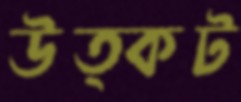
উত্কট